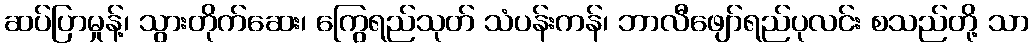
ဆပ်ပြာမှုန့်၊ သွားတိုက်ဆေး၊ ကြွေရည်သုတ် သံပန်းကန်၊ ဘာလီဖျော်ရည်ပုလင်း စသည်တို့ သာ